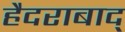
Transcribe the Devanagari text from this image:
हैदराबाद्